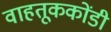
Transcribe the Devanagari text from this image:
वाहतूककोंडी